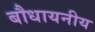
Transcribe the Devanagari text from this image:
बौधायनीय